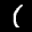
Label: 1